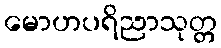
မောဟပရိညာသုတ္တ